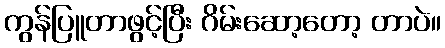
ကွန်ပြူတာဖွင့်ပြီး ဂိမ်းဆော့တော့ တာပဲ။